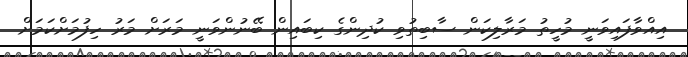
އިއްވާފައިވަނީ މުހީތު މަރާލިކަން ސާބިތުވި ކުދިންގެ ކިބައިން ބޭނުންވަނީ މަރަށް މަރު ހިފުމަށްކަމަށް